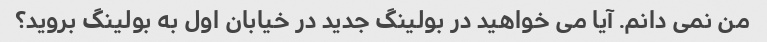
من نمی دانم. آیا می خواهید در بولینگ جدید در خیابان اول به بولینگ بروید؟